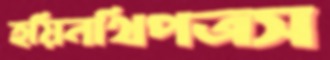
হয়িনথিপত্রস